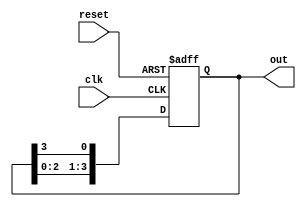
module ring_counter #(
    parameter N = 4  // Number of stages (flip-flops)
)(
    input wire clk,        // Clock input
    input wire reset,      // Asynchronous reset input
    output reg [N-1:0] out // Output representing the state of the ring counter
);

// Internal signal to hold the next state
reg [N-1:0] next_state;

// Always block triggered on the rising edge of the clock or reset
always @(posedge clk or posedge reset) begin
    if (reset) begin
        // Initialize the counter: only the first flip-flop is set
        out <= 1'b1;
    end else begin
        // Shift the '1' to the next flip-flop in the ring
        out <= {out[N-2:0], out[N-1]};
    end
end

endmodule